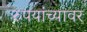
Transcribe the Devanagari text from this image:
रुपयांच्यावर